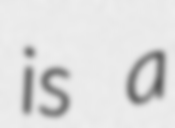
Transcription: is a